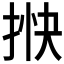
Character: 𢭴